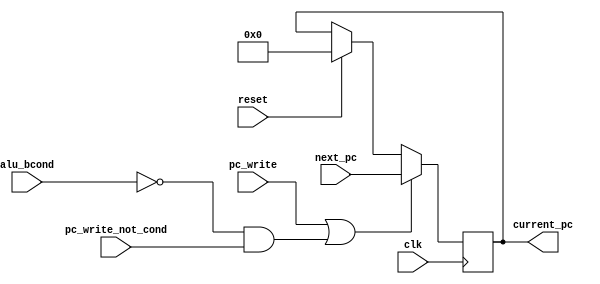
module PC(
    input reset,       // input (Use reset to initialize PC. Initial value must be 0)
    input clk,
    input pc_write,
    input alu_bcond,
    input pc_write_not_cond,        // input
    input [31:0] next_pc,     // input
    output reg [31:0] current_pc   // output
  );


always @(posedge clk)begin
    if(reset)begin
        current_pc <= 0;
    end
    if(pc_write || (!alu_bcond && pc_write_not_cond))begin
        current_pc <= next_pc;
    end
end


endmodule